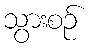
သွားစဉ်